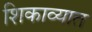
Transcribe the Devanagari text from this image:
शिकाव्यात